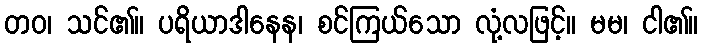
တဝ၊ သင်၏။ ပရိယာဒါနေန၊ စင်ကြယ်သော လုံ့လဖြင့်။ မမ၊ ငါ၏။